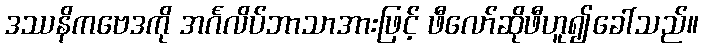
ဒဿနိကဗေဒကို အင်္ဂလိပ်ဘာသာအားဖြင့် ဖီလော်ဆိုဖီဟူ၍ခေါ်သည်။